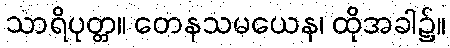
သာရိပုတ္တ။ တေနသမယေန၊ ထိုအခါ၌။